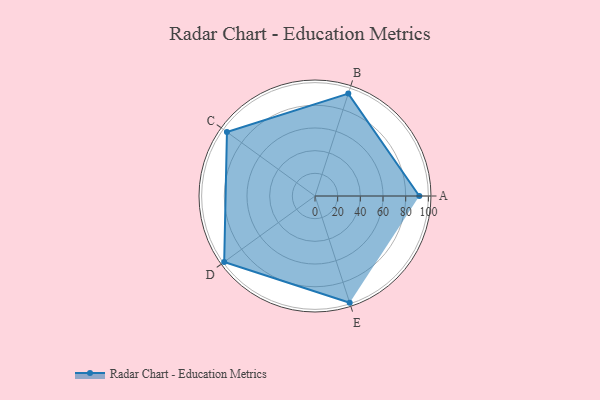
{"axis": {"x": "Skill", "y": "Score"}, "legend": ["Profile"], "data": [{"x": "A", "y": 92.0, "type": "Profile"}, {"x": "B", "y": 95.0, "type": "Profile"}, {"x": "C", "y": 96.0, "type": "Profile"}, {"x": "D", "y": 99.0, "type": "Profile"}, {"x": "E", "y": 99, "type": "Profile"}]}